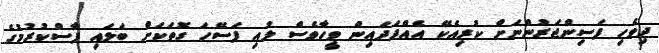
ދިވެހި ފަސިންޖަރުންނަށް ކުރިއެކޭ އެއްފަދައިން ވީހާވެސް ލުއި ފަސޭހަ ގޮތަކަށް ބަލައި ފާސްކުރުމުގެ